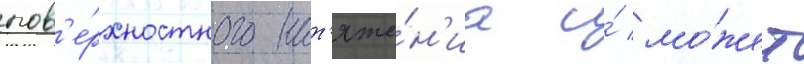
пов'е́рхностного нат'яже́н'иа и́ мо́жет